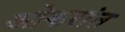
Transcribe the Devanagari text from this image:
ओकरांत